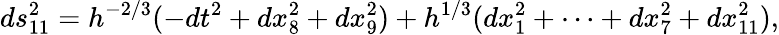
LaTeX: ds_{11}^{2}=h^{-2/3}(-dt^{2}+dx_{8}^{2}+dx_{9}^{2})+h^{1/3}(dx_{1}^{2}+\cdots+dx_{7}^{2}+dx_{11}^{2}),